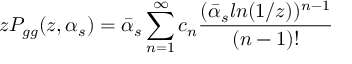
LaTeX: z P _ { g g } ( z , \alpha _ { s } ) = \bar { \alpha } _ { s } \sum _ { n = 1 } ^ { \infty } c _ { n } { \frac { ( \bar { \alpha } _ { s } l n ( 1 / z ) ) ^ { n - 1 } } { ( n - 1 ) ! } }